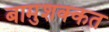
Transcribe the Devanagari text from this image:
बामुशक्कत